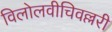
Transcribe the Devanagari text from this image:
विलोलवीचिवल्लरी